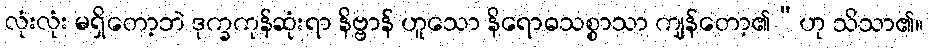
လုံးလုံး မရှိတော့ဘဲ ဒုက္ခကုန်ဆုံးရာ နိဗ္ဗာန် ဟူသော နိရောဓသစ္စာသာ ကျန်တော့၏”ဟု သိသာ၏။